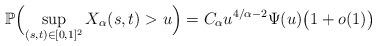
LaTeX: \begin{align*} \mathbb{P} \Bigl( \sup_{(s,t)\in[0,1]^2}X_\alpha(s,t)> u \Bigr) = C_\alpha u^{4/\alpha-2} \Psi(u)\bigl(1+o(1)\bigr)\end{align*}